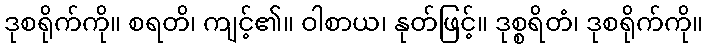
ဒုစရိုက်ကို။ စရတိ၊ ကျင့်၏။ ဝါစာယ၊ နုတ်ဖြင့်။ ဒုစ္စရိတံ၊ ဒုစရိုက်ကို။